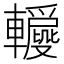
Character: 𨏝